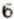
6